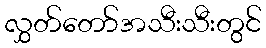
လွှတ်တော်အသီးသီးတွင်